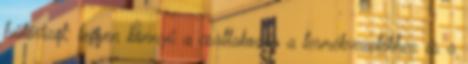
hűtővizet; legyen könnyű a csatlakozás a termékvezetékhez és a